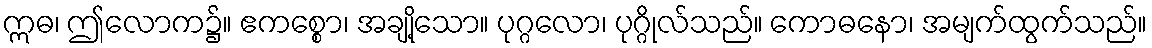
ဣဓ၊ ဤလောက၌။ ဧကစ္စော၊ အချို့သော။ ပုဂ္ဂလော၊ ပုဂ္ဂိုလ်သည်။ ကောဓနော၊ အမျက်ထွက်သည်။